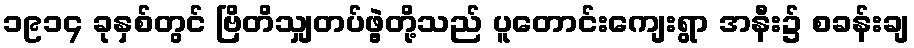
၁၉၁၄ ခုနှစ်တွင် ဗြိတိသျှတပ်ဖွဲ့တို့သည် ပူတောင်းကျေးရွာ အနီး၌ စခန်းချ